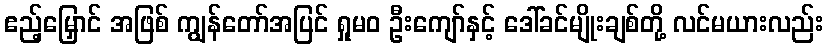
ဧည့်မြှောင် အဖြစ် ကျွန်တော်အပြင် ရှုမဝ ဦးကျော်နှင့် ဒေါ်ခင်မျိုးချစ်တို့ လင်မယားလည်း